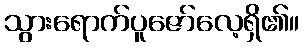
သွားရောက်ပူဇော်လေ့ရှိ၏။